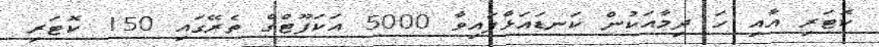
ކޮޓަރި އާއި ހަ ދިމާއަކުން ކަނޑައަޅާފައިވާ 5000 އަަކަފޫޓްގެ ތެރޭގައި 150 ކޮޓަރި